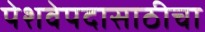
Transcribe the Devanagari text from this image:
पेशवेपदासाठीचा